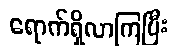
ရောက်ရှိလာကြပြီး